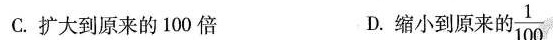
C.扩大到原来的100倍 D.缩小到原来的 \frac{1}{100}